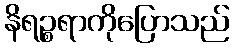
နိရဉ္စရာကိုပြောသည်